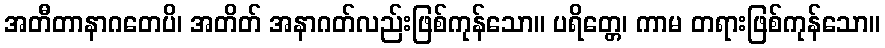
အတီတာနာဂတေပိ၊ အတိတ် အနာဂတ်လည်းဖြစ်ကုန်သော။ ပရိတ္တေ၊ ကာမ တရားဖြစ်ကုန်သော။